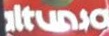
altunsa